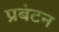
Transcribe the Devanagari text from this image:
प्रबंटन